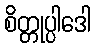
စိတ္တုပ္ပါဒေါ